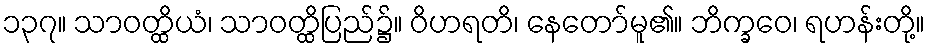
၁၃၇။ သာဝတ္ထိယံ၊ သာဝတ္ထိပြည်၌။ ဝိဟရတိ၊ နေတော်မူ၏။ ဘိက္ခဝေ၊ ရဟန်းတို့။